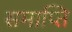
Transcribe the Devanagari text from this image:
समाप्‍ति